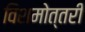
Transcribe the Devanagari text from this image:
विशमोत्तरी